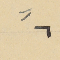
٦"